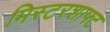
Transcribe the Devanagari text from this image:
मिस्टरशाफ्ट